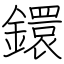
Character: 鐶